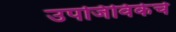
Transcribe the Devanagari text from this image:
उपजिविकेचे